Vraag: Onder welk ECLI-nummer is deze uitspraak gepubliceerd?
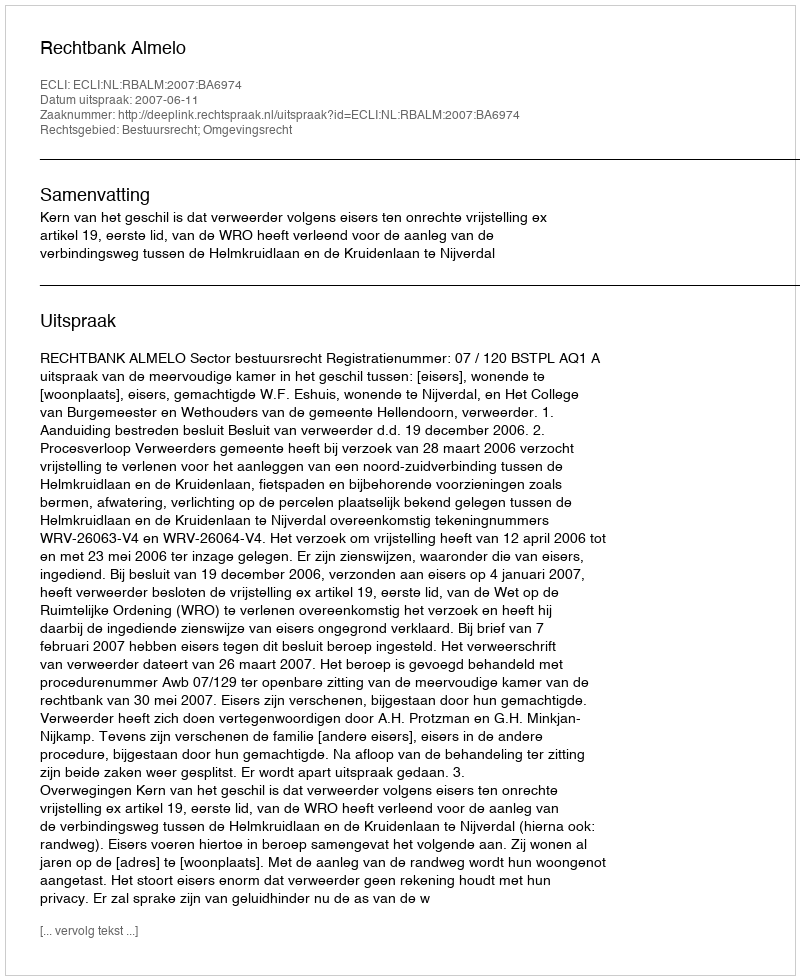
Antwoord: ECLI:NL:RBALM:2007:BA6974